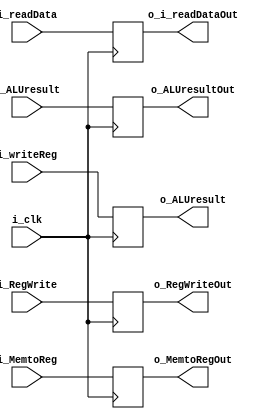
module Mem_Wb_reg(i_clk,i_RegWrite, i_MemtoReg,i_ALUresult,
					i_readData,i_writeReg,o_RegWriteOut,o_MemtoRegOut,o_i_readDataOut,o_ALUresultOut,o_ALUresult);

input i_clk;
input i_RegWrite, i_MemtoReg;
input [4:0] i_writeReg;
input [31:0] i_ALUresult, i_readData;
output reg o_RegWriteOut, o_MemtoRegOut;
output reg [31:0] o_i_readDataOut,o_ALUresultOut;
output reg [4:0] o_ALUresult;

always@(posedge i_clk)
begin
	o_RegWriteOut<=i_RegWrite;
	o_MemtoRegOut<=i_MemtoReg;
	o_i_readDataOut<=i_readData;
	o_ALUresultOut<=i_ALUresult;
	o_ALUresult<=i_writeReg;
	
end


endmodule